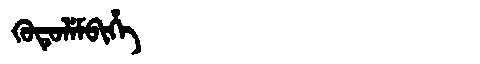
Manchu: ᡴᡠᡨᡠᠯᡝᠮᠪᡳᡥᡝ
Romanization: KUTULEMBIHE